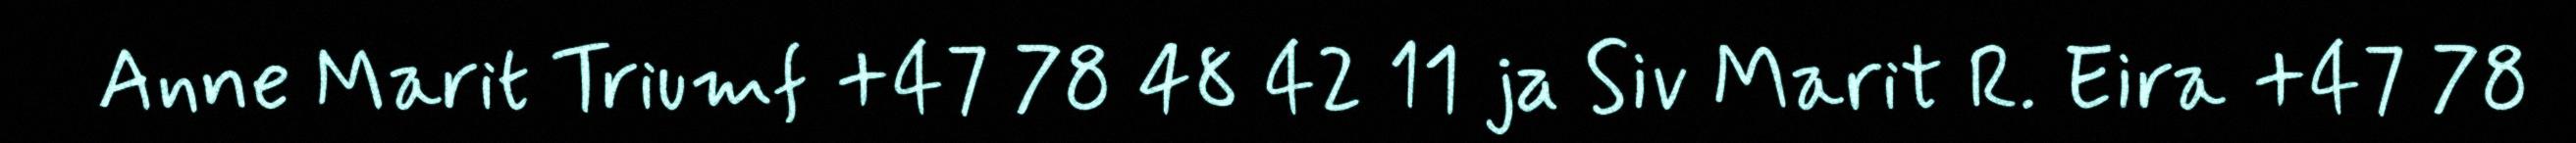
Anne Marit Triumf +47 78 48 42 11 ja Siv Marit R. Eira +47 78